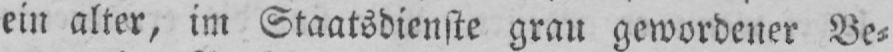
ein alter, im Staatsdienste grau gewordener Be⸗